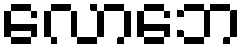
လောဘေ